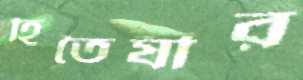
হিতৈষীর